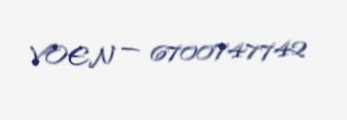
VOEN — 6700747742